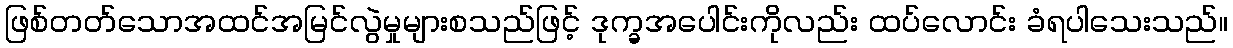
ဖြစ်တတ်သောအထင်အမြင်လွဲမှုများစသည်ဖြင့် ဒုက္ခအပေါင်းကိုလည်း ထပ်လောင်း ခံရပါသေးသည်။